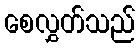
စေလွှတ်သည်